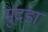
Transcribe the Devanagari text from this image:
मुंदडा